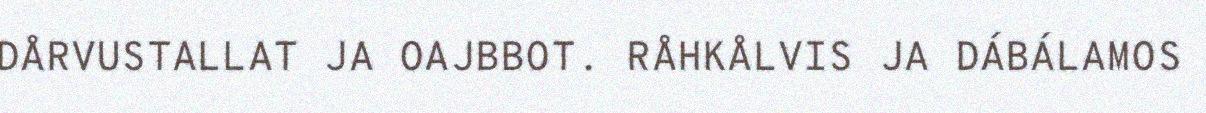
DÅRVUSTALLAT JA OAJBBOT. RÅHKÅLVIS JA DÁBÁLAMOS